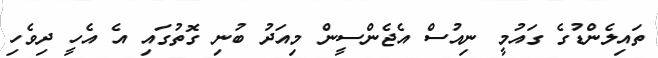
ތައިލެންޑުގެ ގައުމީ ނިއުސް އެޖެންސީން މިއަދު ބުނި ގޮތުގައި އެ އެހީ ދިވެހި